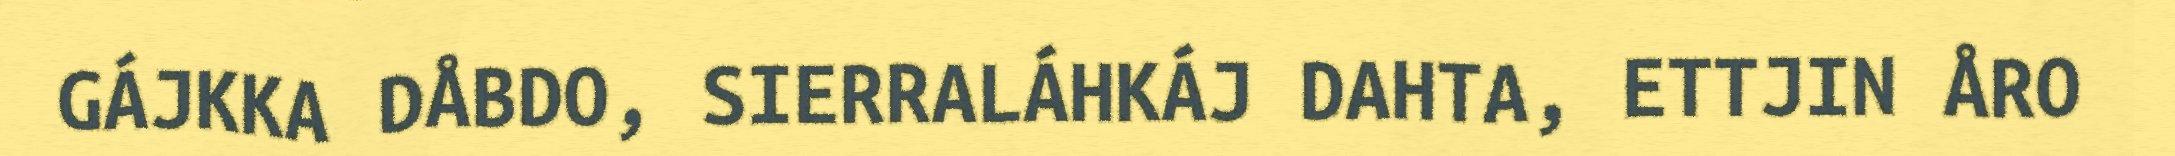
GÁJKKA DÅBDO, SIERRALÁHKÁJ DAHTA, ETTJIN ÅRO